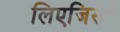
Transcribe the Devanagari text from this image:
लिएजिसने